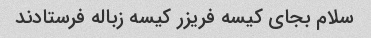
سلام بجای کیسه فریزر کیسه زباله فرستادند